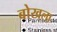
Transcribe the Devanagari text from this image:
बोखला